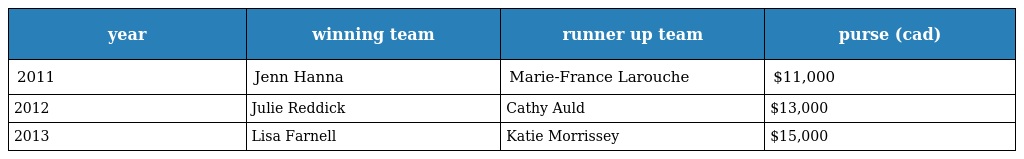
| year | winning team | runner up team | purse (cad) |
 | --- | --- | --- | --- |
 | 2011 | Jenn Hanna | Marie-France Larouche | $11,000 |
 | 2012 | Julie Reddick | Cathy Auld | $13,000 |
 | 2013 | Lisa Farnell | Katie Morrissey | $15,000 |